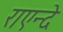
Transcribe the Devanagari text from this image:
राएन्दे